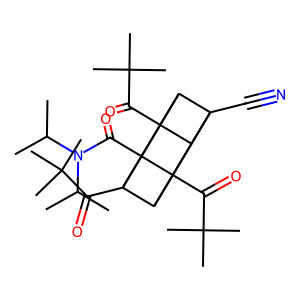
SMILES: CC(C)N(C(=O)C12C3(C(=O)C(C)(C)C)C4C5(C#N)C3C1(C(=O)C(C)(C)C)C5C42C(=O)C(C)(C)C)C(C)C
Inhibits HIV replication: No